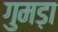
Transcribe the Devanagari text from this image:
गुमड़ा